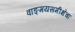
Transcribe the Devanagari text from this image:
वाङ्‌मयसमीक्षेचा